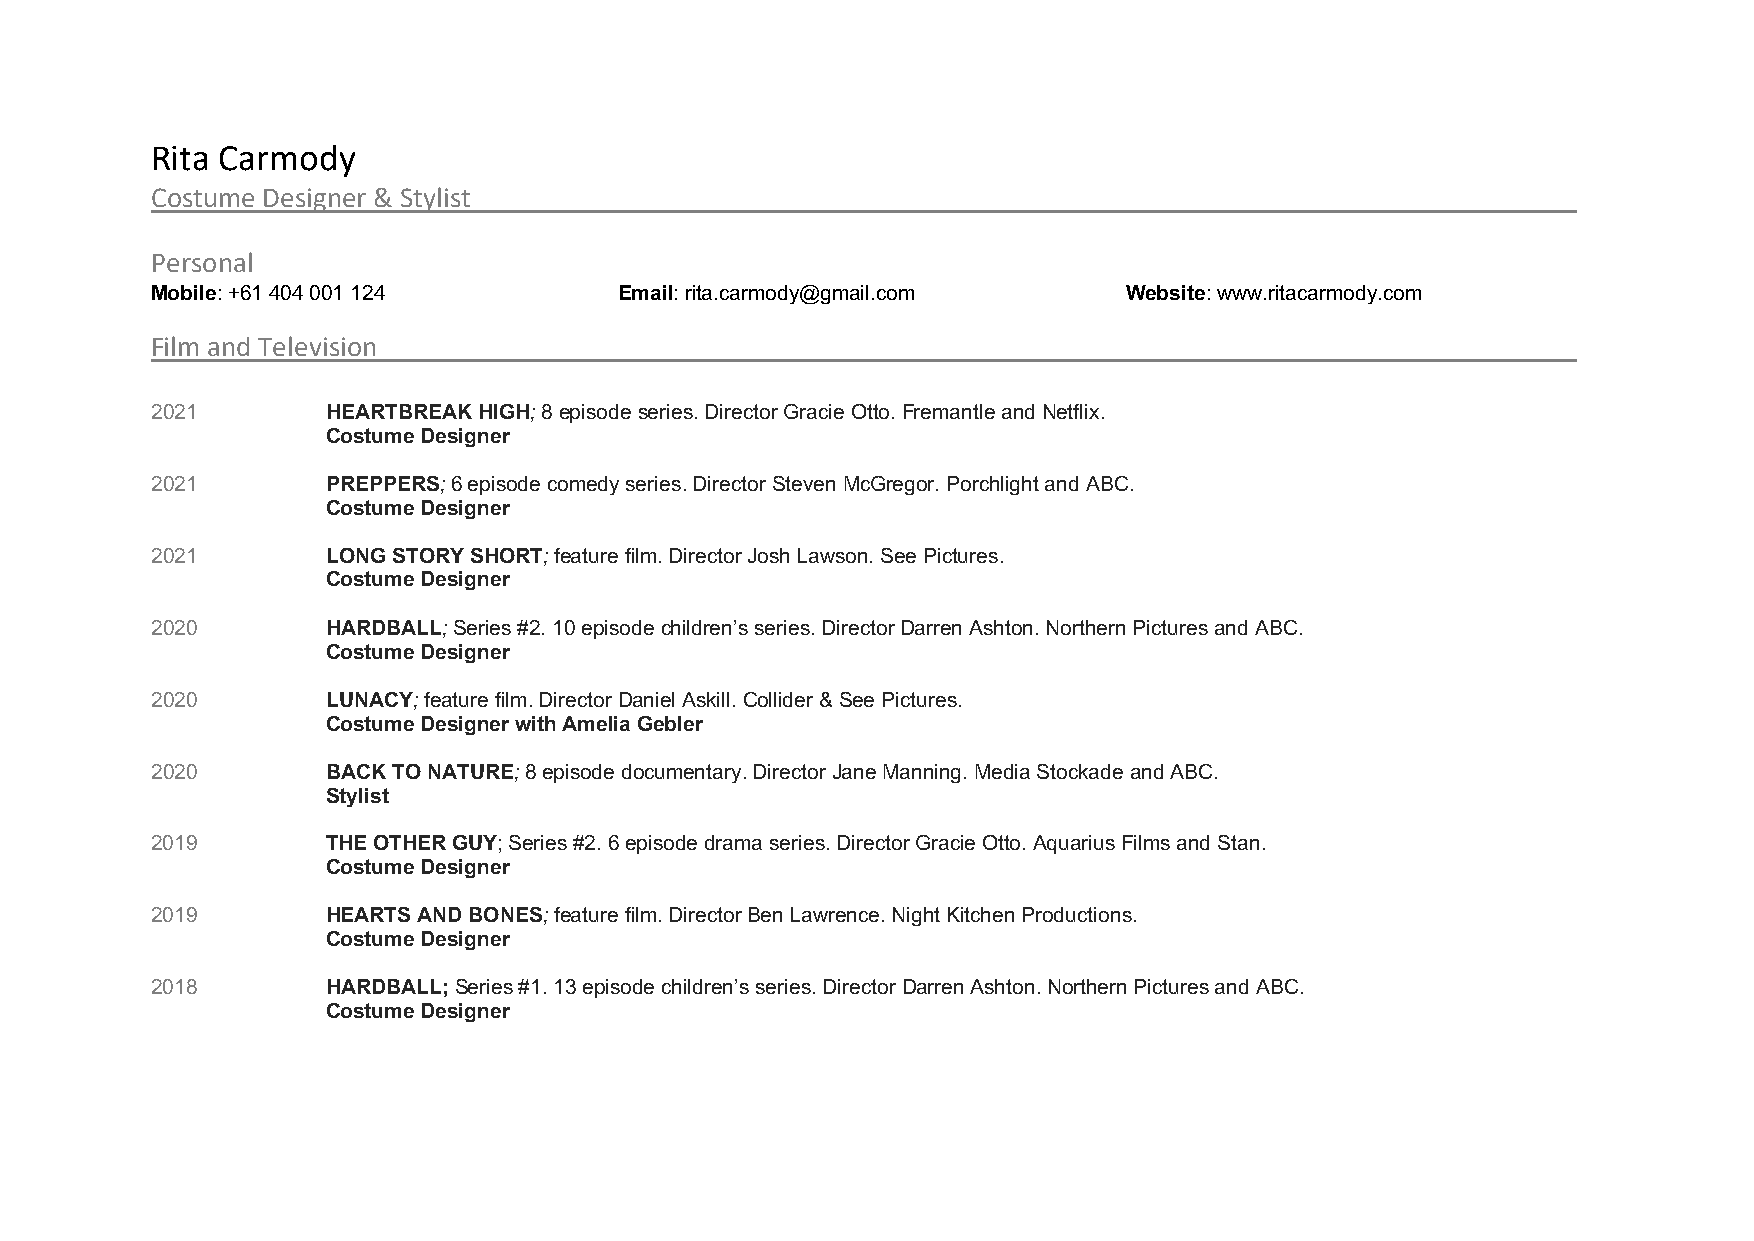
Rita Carmody
 Costume Designer & Stylist
 Personal
 Mobile: +61 404 001 124        Email: rita.carmody@gmail.com     Website: www.ritacarmody.com
 Film and Television
 2021        HEARTBREAK HIGH; 8 episode series. Director Gracie Otto. Fremantle and Netflix.
 Costume Designer
 2021        PREPPERS; 6 episode comedy series. Director Steven McGregor. Porchlight and ABC.
 Costume Designer
 2021        LONG STORY SHORT; feature film. Director Josh Lawson. See Pictures.
 Costume Designer
 2020        HARDBALL; Series #2. 10 episode children’s series. Director Darren Ashton. Northern Pictures and ABC.
 Costume Designer
 2020        LUNACY; feature film. Director Daniel Askill. Collider & See Pictures.
 Costume Designer with Amelia Gebler
 2020        BACK TO NATURE; 8 episode documentary. Director Jane Manning. Media Stockade and ABC.
 Stylist
 2019        THE OTHER GUY; Series #2. 6 episode drama series. Director Gracie Otto. Aquarius Films and Stan.
 Costume Designer
 2019        HEARTS AND BONES; feature film. Director Ben Lawrence. Night Kitchen Productions.
 Costume Designer
 2018        HARDBALL; Series #1. 13 episode children’s series. Director Darren Ashton. Northern Pictures and ABC.
 Costume Designer